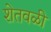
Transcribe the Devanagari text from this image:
शेतवळी